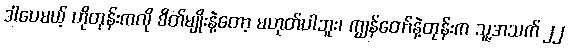
ဒါပေမယ့် ဟိုတုန်းကလို စိတ်မျိုးနဲ့တော့ မဟုတ်ပါဘူး၊ ကျွန်တော်နဲ့တုန်းက သူ့အသက် ၂၂